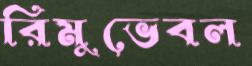
রিমুভেবল